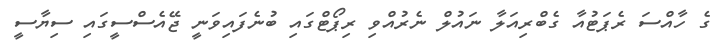
ގެ ހާއްސަ ރެޕަޓުއާ ގެބްރިއަލާ ނައުލް ނެރުއްވި ރިޕޯޓްގައި ބުނެފައިވަނީ ޖޭއެސްސީގައި ސިޔާސީ